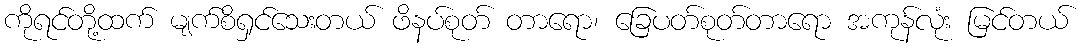
ကိုရင်တို့ထက် မျက်စိရှင်သေးတယ် ဖိနပ်စုတ် တာရော၊ ခြေပတ်စုတ်တာရော အကုန်လုံး မြင်တယ်